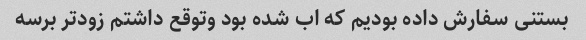
بستنی سفارش داده بودیم که اب شده بود وتوقع داشتم زودتر برسه